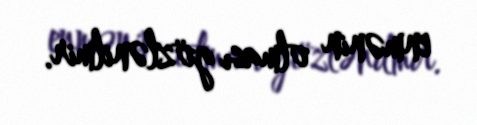
enmənin olması gözlənilmir.